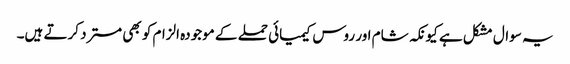
یہ سوال مشکل ہے کیونکہ شام اور روس کیمیائی حملے کے موجودہ الزام کو بھی مسترد کرتے ہیں۔